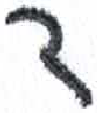
אות: ד